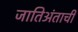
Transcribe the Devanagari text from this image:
जातिअंताची